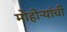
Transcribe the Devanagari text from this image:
मोहोऱ्यांची